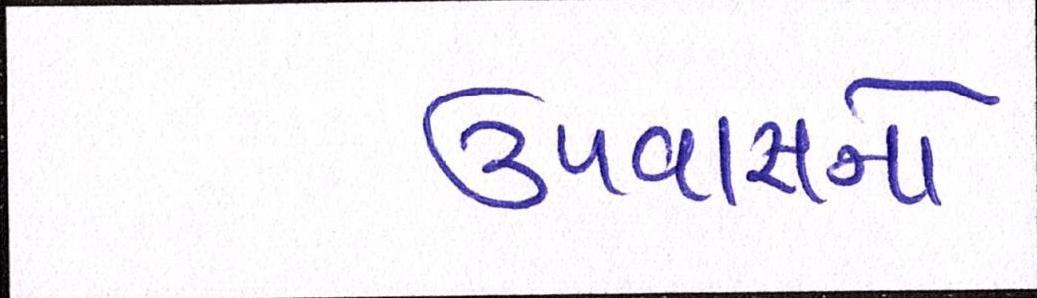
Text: ઉપવાસનો